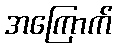
အကြောက်